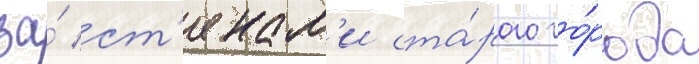
за́ ст'енам'и ста́рого го́рода